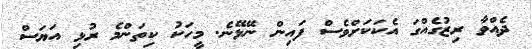
ދެއްވާ ރިޒުގެއްގަ އެކަކަށްވެސް ފައިން ނޭޅޭނެ. މީހަކު ކިތަންމެ ރުޅި އަޔަސް